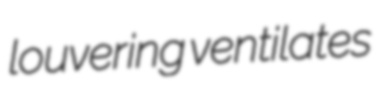
louvering ventilates